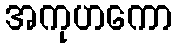
အကုဟကော